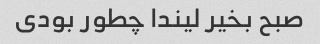
صبح بخیر لیندا چطور بودی